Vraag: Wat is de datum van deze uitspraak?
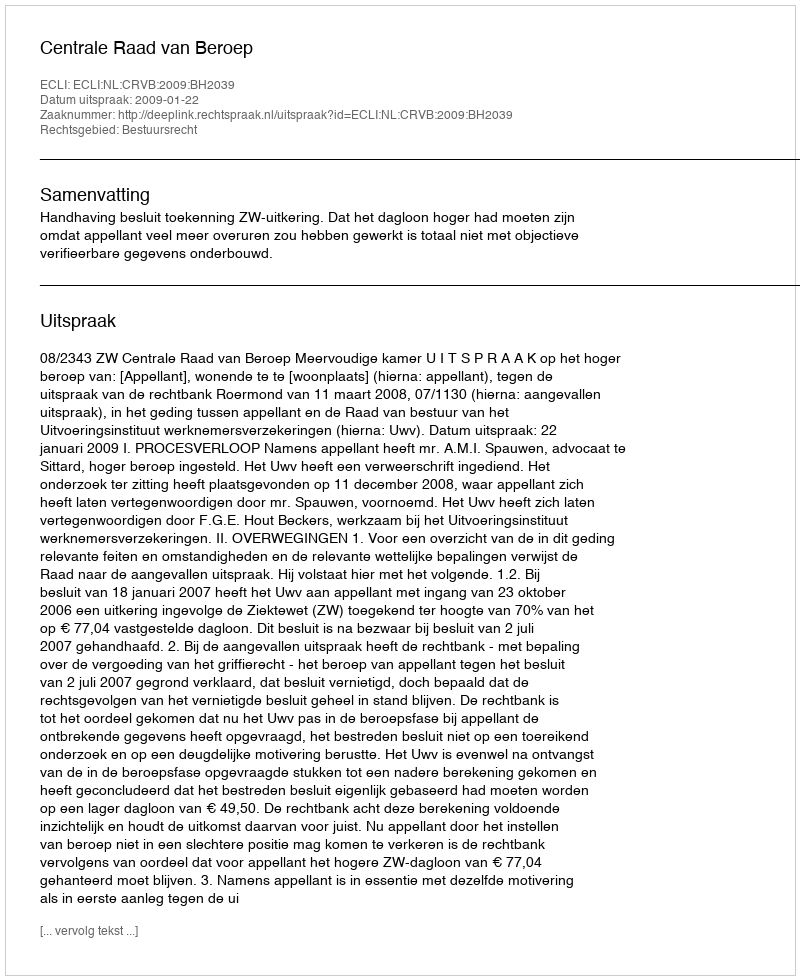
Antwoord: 2009-01-22